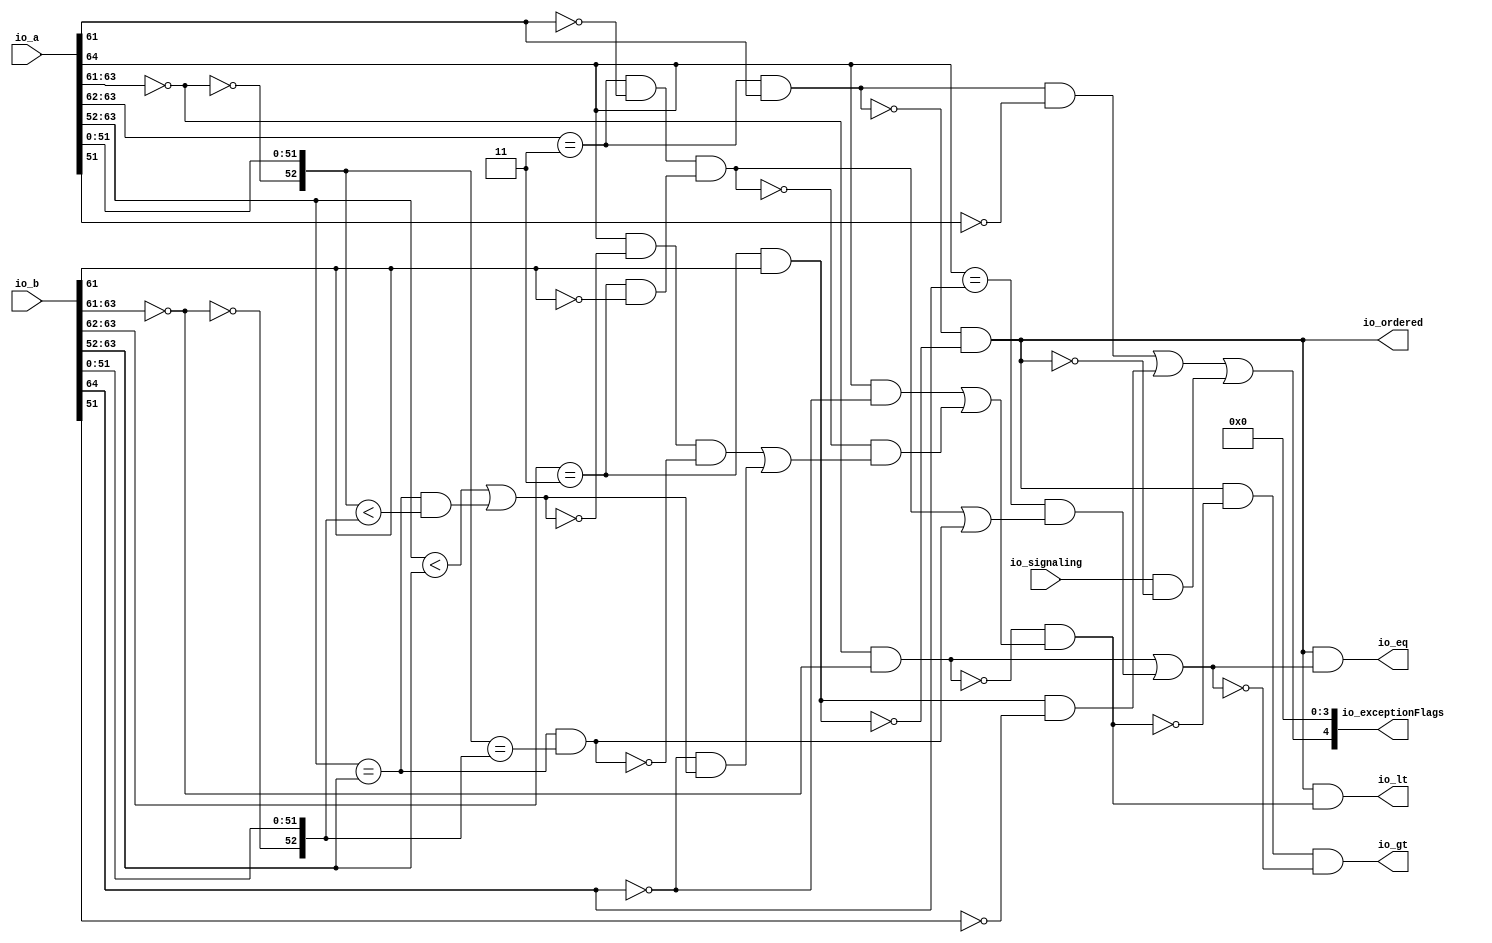
module CompareRecFN(
  input  [64:0] io_a,
  input  [64:0] io_b,
  input         io_signaling,
  output        io_lt,
  output        io_eq,
  output        io_gt,
  output [4:0]  io_exceptionFlags,
  output        io_ordered
);
  wire [11:0] rawA_exp = io_a[63:52]; // @[rawFloatFromRecFN.scala 50:21]
  wire  rawA_isZero = rawA_exp[11:9] == 3'h0; // @[rawFloatFromRecFN.scala 51:54]
  wire  rawA_isSpecial = rawA_exp[11:10] == 2'h3; // @[rawFloatFromRecFN.scala 52:54]
  wire  rawA__isNaN = rawA_isSpecial & rawA_exp[9]; // @[rawFloatFromRecFN.scala 55:33]
  wire  rawA__isInf = rawA_isSpecial & ~rawA_exp[9]; // @[rawFloatFromRecFN.scala 56:33]
  wire  rawA__sign = io_a[64]; // @[rawFloatFromRecFN.scala 58:25]
  wire [12:0] rawA__sExp = {1'b0,$signed(rawA_exp)}; // @[rawFloatFromRecFN.scala 59:27]
  wire  rawA_out_sig_hi_lo = ~rawA_isZero; // @[rawFloatFromRecFN.scala 60:39]
  wire [51:0] rawA_out_sig_lo = io_a[51:0]; // @[rawFloatFromRecFN.scala 60:51]
  wire [53:0] rawA__sig = {1'h0,rawA_out_sig_hi_lo,rawA_out_sig_lo}; // @[Cat.scala 30:58]
  wire [11:0] rawB_exp = io_b[63:52]; // @[rawFloatFromRecFN.scala 50:21]
  wire  rawB_isZero = rawB_exp[11:9] == 3'h0; // @[rawFloatFromRecFN.scala 51:54]
  wire  rawB_isSpecial = rawB_exp[11:10] == 2'h3; // @[rawFloatFromRecFN.scala 52:54]
  wire  rawB__isNaN = rawB_isSpecial & rawB_exp[9]; // @[rawFloatFromRecFN.scala 55:33]
  wire  rawB__isInf = rawB_isSpecial & ~rawB_exp[9]; // @[rawFloatFromRecFN.scala 56:33]
  wire  rawB__sign = io_b[64]; // @[rawFloatFromRecFN.scala 58:25]
  wire [12:0] rawB__sExp = {1'b0,$signed(rawB_exp)}; // @[rawFloatFromRecFN.scala 59:27]
  wire  rawB_out_sig_hi_lo = ~rawB_isZero; // @[rawFloatFromRecFN.scala 60:39]
  wire [51:0] rawB_out_sig_lo = io_b[51:0]; // @[rawFloatFromRecFN.scala 60:51]
  wire [53:0] rawB__sig = {1'h0,rawB_out_sig_hi_lo,rawB_out_sig_lo}; // @[Cat.scala 30:58]
  wire  ordered = ~rawA__isNaN & ~rawB__isNaN; // @[CompareRecFN.scala 59:32]
  wire  bothInfs = rawA__isInf & rawB__isInf; // @[CompareRecFN.scala 60:33]
  wire  bothZeros = rawA_isZero & rawB_isZero; // @[CompareRecFN.scala 61:33]
  wire  eqExps = $signed(rawA__sExp) == $signed(rawB__sExp); // @[CompareRecFN.scala 62:29]
  wire  common_ltMags = $signed(rawA__sExp) < $signed(rawB__sExp) | eqExps & rawA__sig < rawB__sig; // @[CompareRecFN.scala 64:33]
  wire  common_eqMags = eqExps & rawA__sig == rawB__sig; // @[CompareRecFN.scala 65:32]
  wire  _ordered_lt_T_1 = ~rawB__sign; // @[CompareRecFN.scala 69:28]
  wire  _ordered_lt_T_9 = _ordered_lt_T_1 & common_ltMags; // @[CompareRecFN.scala 72:41]
  wire  _ordered_lt_T_10 = rawA__sign & ~common_ltMags & ~common_eqMags | _ordered_lt_T_9; // @[CompareRecFN.scala 71:74]
  wire  _ordered_lt_T_11 = ~bothInfs & _ordered_lt_T_10; // @[CompareRecFN.scala 70:30]
  wire  _ordered_lt_T_12 = rawA__sign & ~rawB__sign | _ordered_lt_T_11; // @[CompareRecFN.scala 69:41]
  wire  ordered_lt = ~bothZeros & _ordered_lt_T_12; // @[CompareRecFN.scala 68:21]
  wire  ordered_eq = bothZeros | rawA__sign == rawB__sign & (bothInfs | common_eqMags); // @[CompareRecFN.scala 74:19]
  wire  _invalid_T_2 = rawA__isNaN & ~rawA__sig[51]; // @[common.scala 81:46]
  wire  _invalid_T_5 = rawB__isNaN & ~rawB__sig[51]; // @[common.scala 81:46]
  wire  _invalid_T_8 = io_signaling & ~ordered; // @[CompareRecFN.scala 78:27]
  wire  invalid = _invalid_T_2 | _invalid_T_5 | _invalid_T_8; // @[CompareRecFN.scala 77:58]
  assign io_lt = ordered & ordered_lt; // @[CompareRecFN.scala 80:22]
  assign io_eq = ordered & ordered_eq; // @[CompareRecFN.scala 81:22]
  assign io_gt = ordered & ~ordered_lt & ~ordered_eq; // @[CompareRecFN.scala 82:38]
  assign io_exceptionFlags = {invalid,4'h0}; // @[Cat.scala 30:58]
  assign io_ordered = ~rawA__isNaN & ~rawB__isNaN; // @[CompareRecFN.scala 59:32]
endmodule